Civil Veterinary Department Bihar & Orissa reports 1922-29 - 1922-1929
Year: 1922
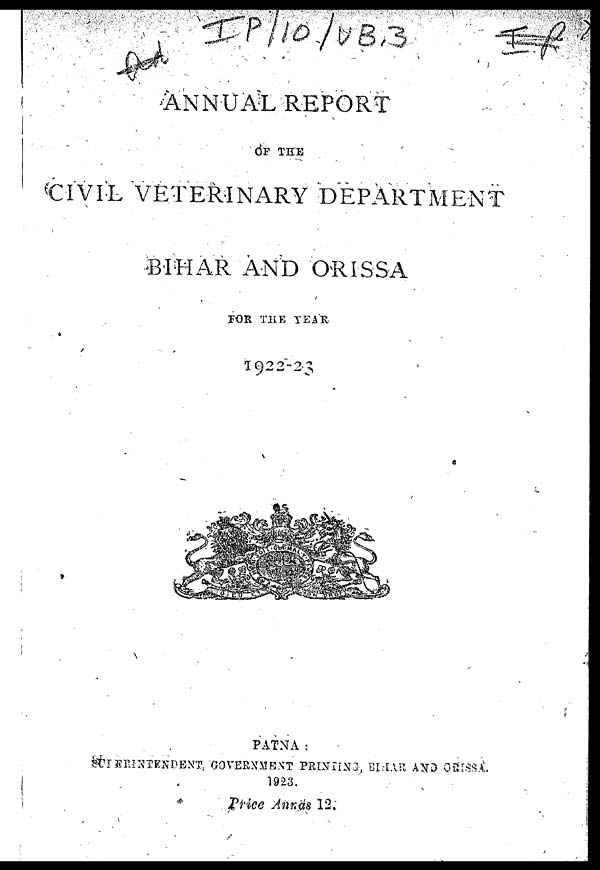
ANNUAL REPORT
OF THE
CIVIL VETERINARY DEPARTMENT
BIHAR AND ORISSA
FOR THE YEAR
1922-23
PATNA :
SUPERINPENDENT GOVERNMENT PRINTING, BIHAR AND ORISSA.
Price Annas 12.